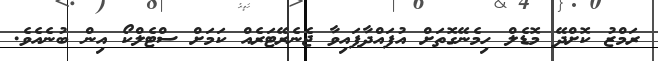
ރަމްޒު ކޮށްދޭ މޮޑެލް ހިމެނޭގޮތަށް އުފައްދާފައިވާ ޖެނެރޭޓަރެއް ކަމަށް ސްޓެލްކޯ އިން ބުނެއެވެ.